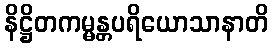
နိဋ္ဌိတကမ္မန္တပရိယောသာနာတိ